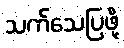
သက်သေပြဖို့